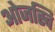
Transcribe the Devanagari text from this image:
ओजस्वि